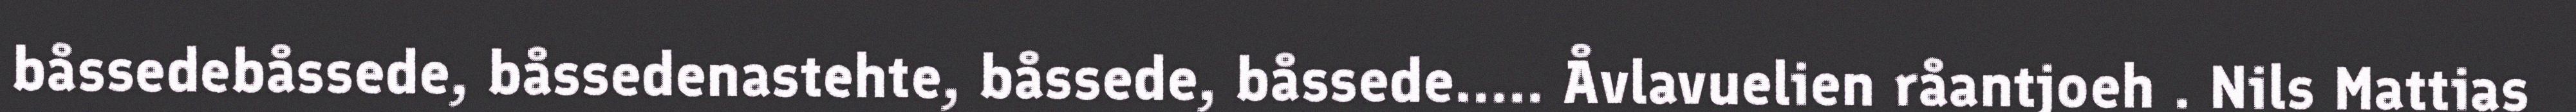
båssedebåssede, båssedenastehte, båssede, båssede..... Åvlavuelien råantjoeh . Nils Mattias